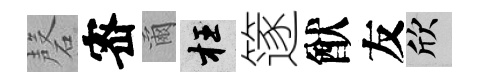
磬宻爾枉篴猷友欣